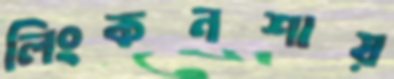
লিংকনশায়